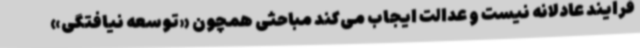
فرایند عادلانه نیست و عدالت ایجاب می‌کند مباحثی همچون «توسعه نیافتگی»